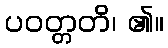
ပဝတ္တတိ၊ ၏။